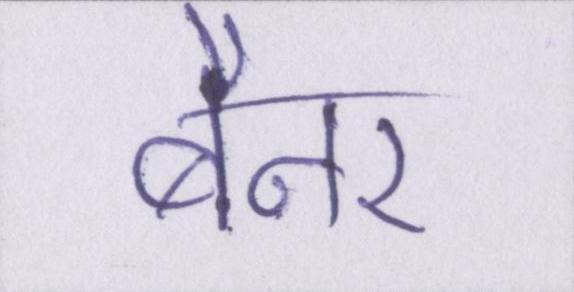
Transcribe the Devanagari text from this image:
बैनर